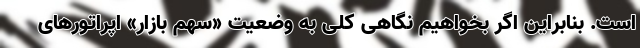
است. بنابراین اگر بخواهیم نگاهی کلی به وضعیت «سهم بازار» اپراتورهای